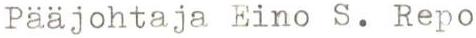
Pääjohtaja Eino S. Repo